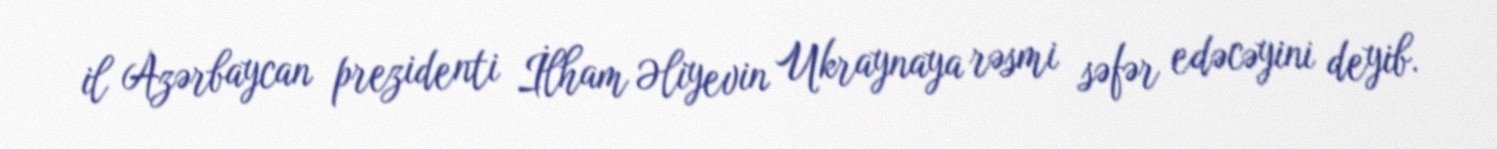
il Azərbaycan prezidenti İlham Əliyevin Ukraynaya rəsmi səfər edəcəyini deyib.